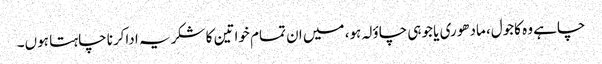
چاہے وہ کاجول، مادھوری یا جوہی چاؤلہ ہو، میں ان تمام خواتین کا شکریہ اداکرنا چاہتا ہوں۔